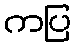
ကပြ